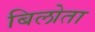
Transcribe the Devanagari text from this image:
बिलोता